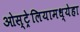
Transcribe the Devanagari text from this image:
ओस्ट्रेलियामध्येहा